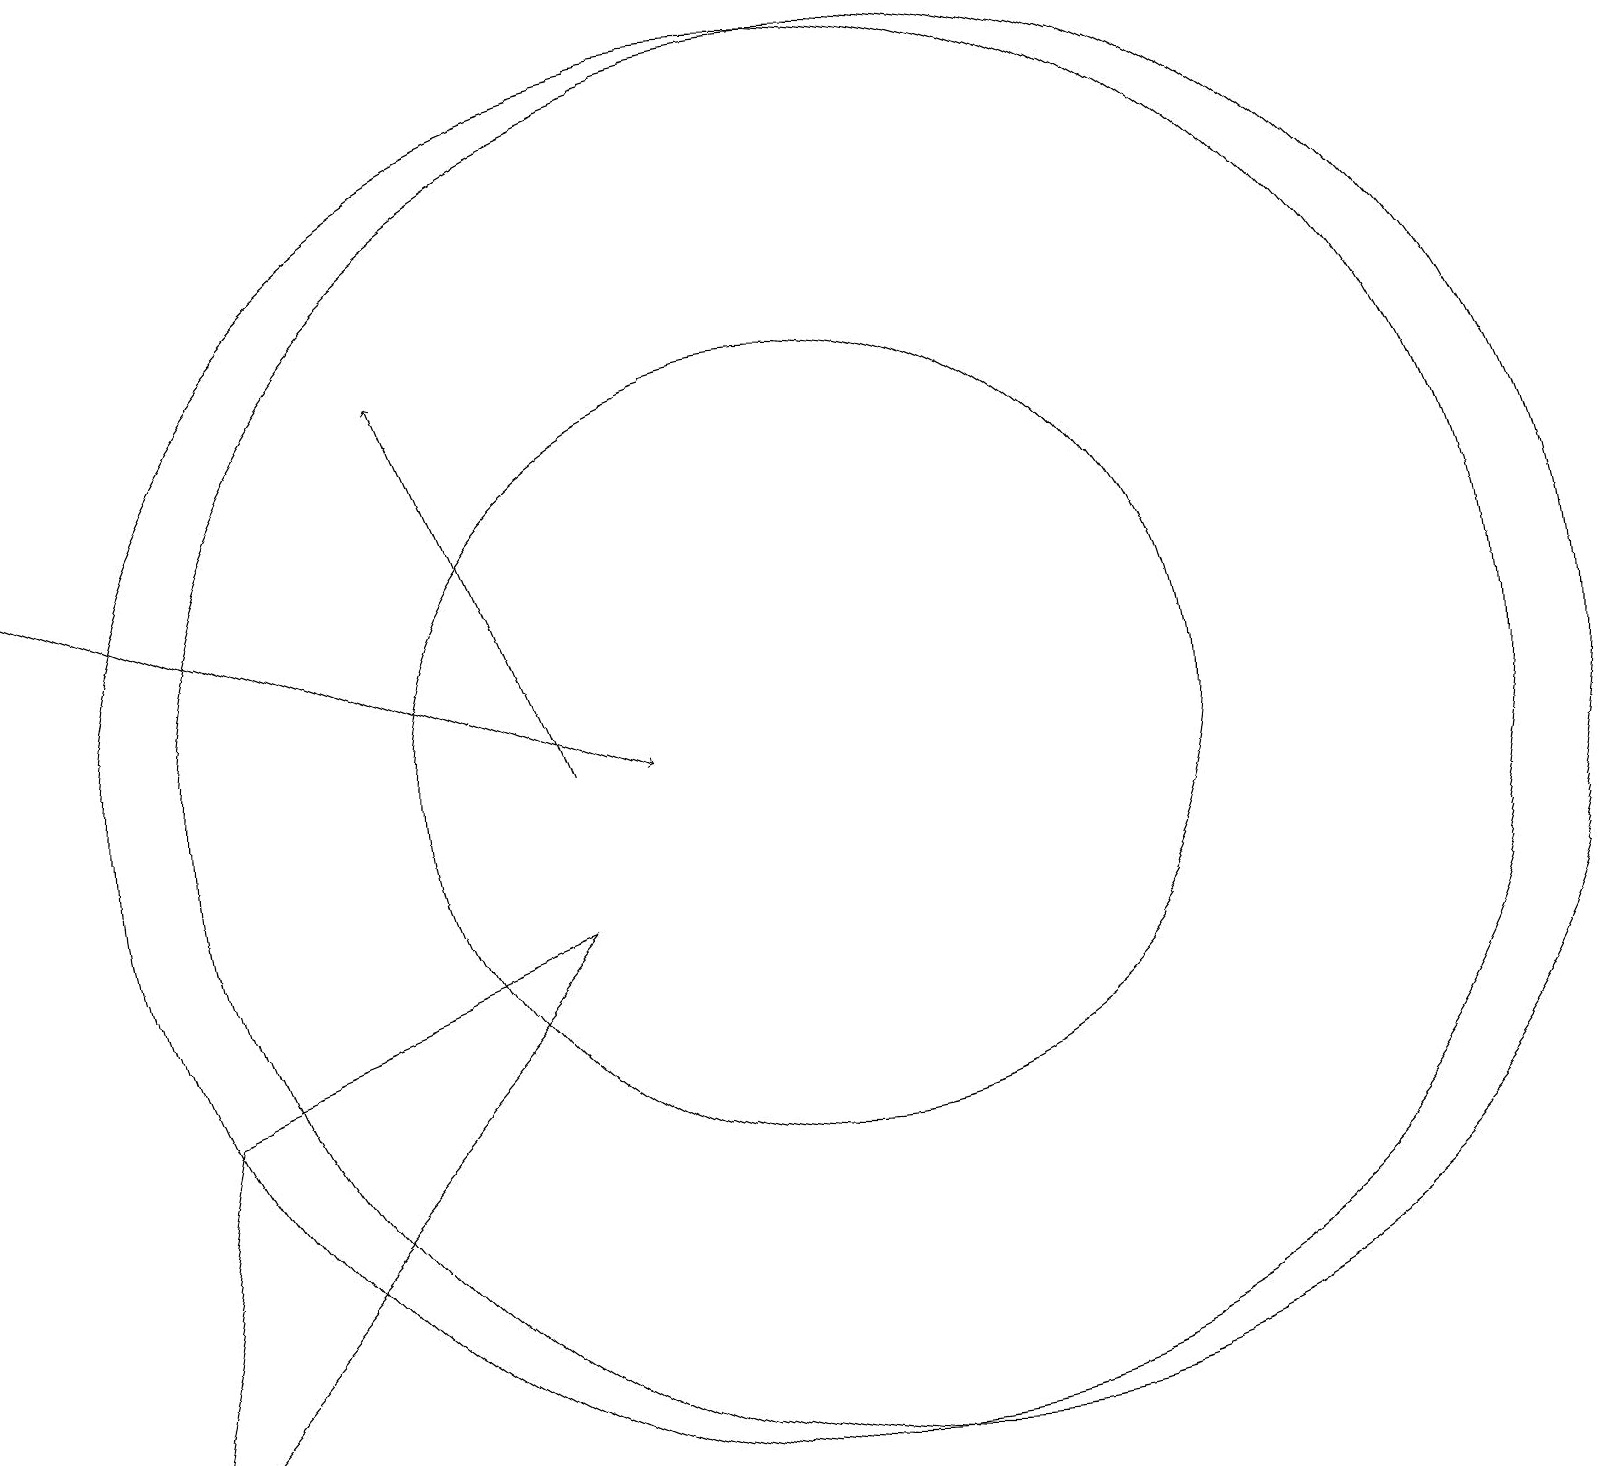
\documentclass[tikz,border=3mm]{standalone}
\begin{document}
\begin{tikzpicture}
\draw[->] (8,11) -- (6,16);
\draw[->] (1,14) -- (9,11);
\draw (11,11) circle (9);
\draw (12,11) circle (9);
\draw (3,7) -- (8,9) -- (2,2) -- cycle;
\draw (11,11) circle (5);
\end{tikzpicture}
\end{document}